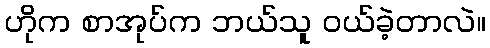
ဟိုက စာအုပ်က ဘယ်သူ ဝယ်ခဲ့တာလဲ။